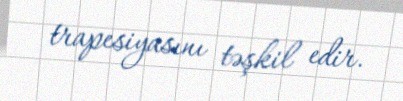
trapesiyasını təşkil edir.